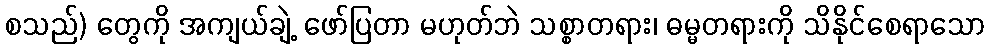
စသည်) တွေကို အကျယ်ချဲ့ ဖော်ပြတာ မဟုတ်ဘဲ သစ္စာတရား၊ ဓမ္မတရားကို သိနိုင်စေရာသော